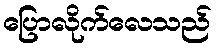
ပြောလိုက်လေသည်